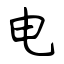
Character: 电